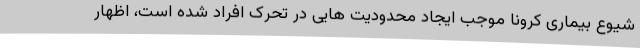
شیوع بیماری کرونا موجب ایجاد محدودیت هایی در تحرک افراد شده است، اظهار